Scottish Leaving Certificate Examination, 1960
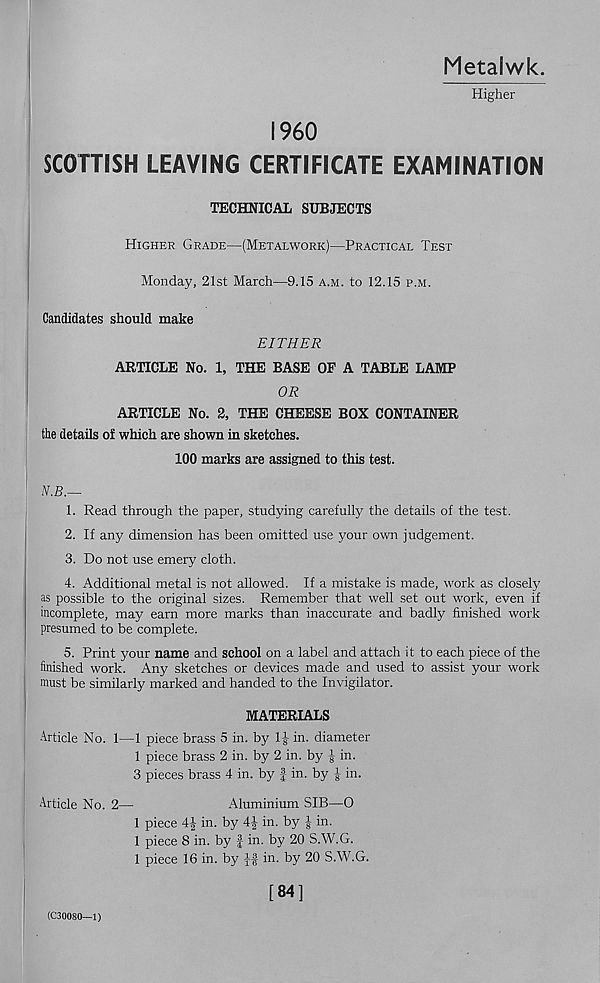
Metalwk.
Higher
I960
SCOTTISH LEAVING CERTIFICATE EXAMINATION
TECHNICAL SUBJECTS
Higher Grade—(Metalwork)—Practical Test
Monday, 21st March—9.15 a.m. to 12.15 p.m.
Candidates should make
EITHER
ARTICLE No. 1, THE BASE OF A TABLE LAMP
OR
ARTICLE No. 2, THE CHEESE BOX CONTAINER
the details of which are shown in sketches.
100 marks are assigned to this test.
N.B.—
1. Read through the paper, studying carefully the details of the test.
2. If any dimension has been omitted use your own judgement.
3. Do not use emery cloth.
4. Additional metal is not allowed. If a mistake is made, work as closely
as possible to the original sizes. Remember that well set out work, even if
incomplete, may earn more marks than inaccurate and badly finished work
presumed to be complete.
5. Print your name and school on a label and attach it to each piece of the
finished work. Any sketches or devices made and used to assist your work
must be similarly marked and handed to the Invigilator.
MATERIALS
Article No. 1—1 piece brass 5 in. by TJ in. diameter
1 piece brass 2 in. by 2 in. by | in.
3 pieces brass 4 in. by f in. by J in.
Article No. 2—
Aluminium SIB—0
1 piece 4| in. by 4| in. by | in.
1 piece 8 in. by -f in. by 20 S.W.G.
1 piece 16 in. by
in. by 20 S.W.G.
(C30080—1)
[84]